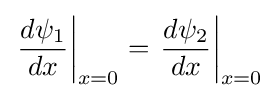
\left.{\frac {d\psi _{1}}{dx}}\right|_{x=0}=\left.{\frac {d\psi _{2}}{dx}}\right|_{x=0}